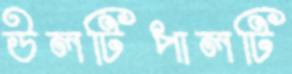
উলটিপালটি